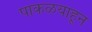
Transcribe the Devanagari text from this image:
पाकळयाहून